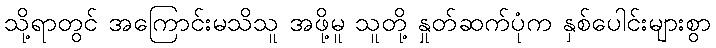
သို့ရာတွင် အကြောင်းမသိသူ အဖို့မူ သူတို့ နှုတ်ဆက်ပုံက နှစ်ပေါင်းများစွာ